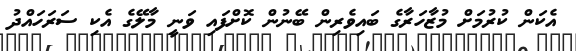
އެކަން ކުރުމަށް މުޒާހަރާގެ ބައިވެރިން ބޭނުން ކޮށްފައި ވަނީ މާލޭގެ އެކި ސަރަހައްދު